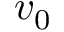
v _ { 0 }